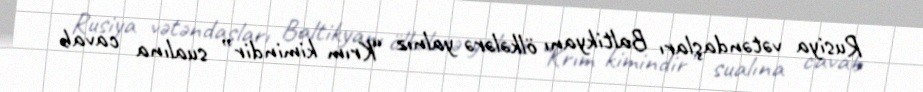
Rusiya vətəndaşları Baltikyanı ölkələrə yalnız “Krım kimindir” sualına cavab